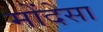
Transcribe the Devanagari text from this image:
मोंदेसा